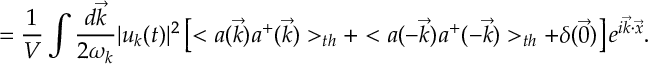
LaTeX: = \frac { 1 } { V } \int \frac { d \vec { k } } { 2 \omega _ { k } } | u _ { k } ( t ) | ^ { 2 } \left[ < a ( \vec { k } ) a ^ { + } ( \vec { k } ) > _ { t h } + < a ( - \vec { k } ) a ^ { + } ( - \vec { k } ) > _ { t h } + \delta ( \vec { 0 } ) \right] e ^ { i \vec { k } \cdot \vec { x } } .